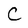
Character: C